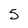
Character: 5